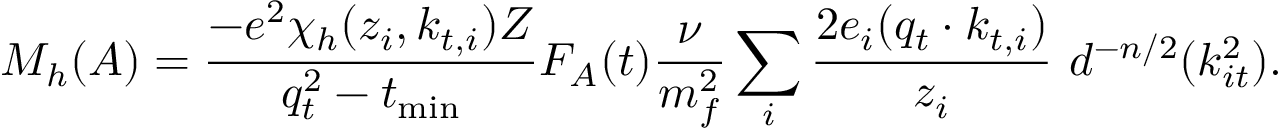
{ \cal M } _ { h } ( A ) = \frac { - e ^ { 2 } { \chi } _ { h } ( z _ { i } , k _ { t , i } ) Z } { q _ { t } ^ { 2 } - t _ { \mathrm { m i n } } } F _ { A } ( t ) { \frac { \nu } { m _ { f } ^ { 2 } } } \sum _ { i } { \frac { 2 e _ { i } ( q _ { t } \cdot k _ { t , i } ) } { z _ { i } } } \ d ^ { - n / 2 } ( k _ { i t } ^ { 2 } ) .